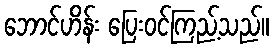
ဘောင်ဟိန်း ပြေးဝင်ကြည့်သည်။